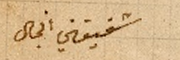
شقيقتي انجال